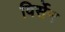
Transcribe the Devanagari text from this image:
विर्सेन